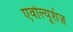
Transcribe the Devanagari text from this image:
एवोल्यूशंज़